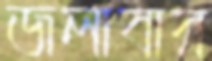
জলাবার